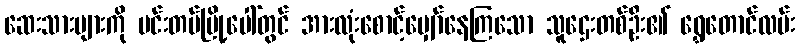
ဆေးသားများကို မင်းတပ်မြို့ပေါ်တွင် အားလုံးစောင့်မျှော်နေကြသော သူဌေးတစ်ဦး၏ ရွှေတောင်လမ်း